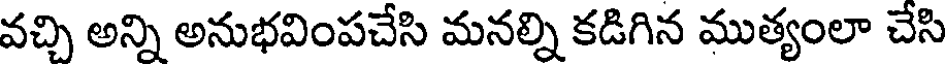
వచ్చి అన్ని అనుభవింపచేసి మనల్ని కడిగిన ముత్యంలా చేసి